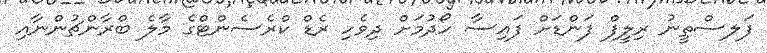
ފަލސްތީނު ރިލީފް ފަންޑަށް ފައިސާ ހޯދުމަށް ދިވެހި ރެޑް ކްރެސެންޓްގެ މާލެ ބްރާންޗުންނާއި